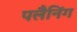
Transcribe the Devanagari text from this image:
पलैनिंग